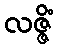
လဇ္ဇိံ